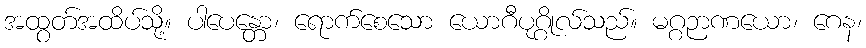
အထွတ်အထိပ်သို့။ ပါပေန္တော၊ ရောက်စေသော ယောဂီပုဂ္ဂိုလ်သည်။ မဂ္ဂဉာဏယော၊ ဂေန၊